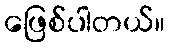
ဖြေစ်ပါတယ်။